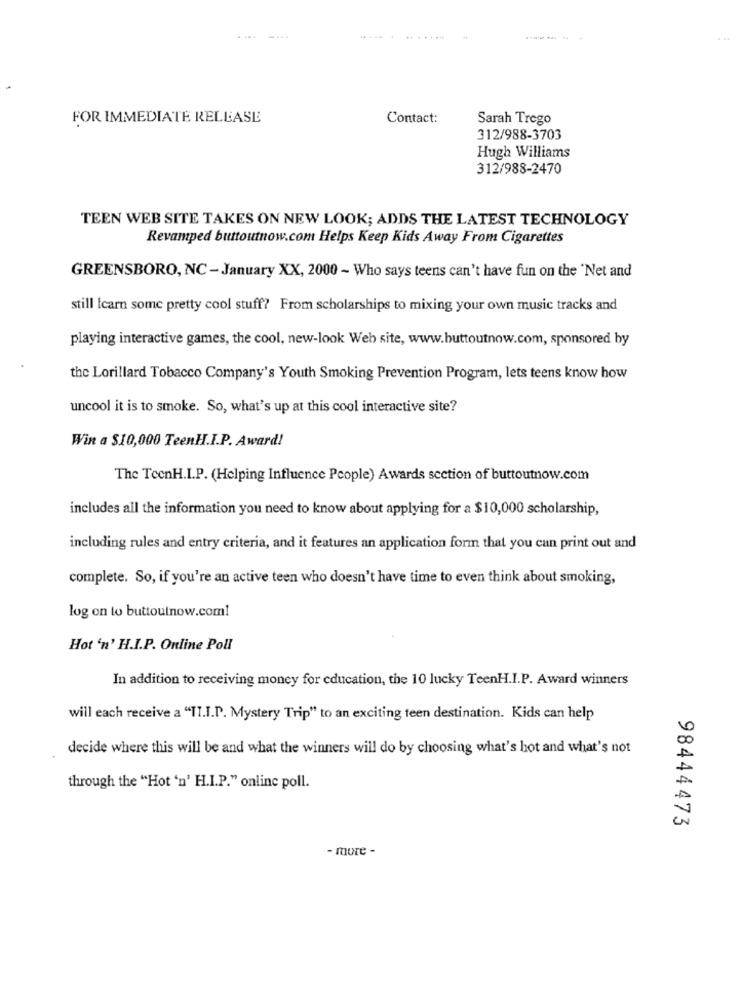
....
FOR IMMEDIATE RELEASE
Contact:
Sarah Trego
312/988-3703
Hugh Williams
312/988-2470
TEEN WEB SITE TAKES ON NEW LOOK; ADDS THE LATEST TECHNOLOGY
Revamped buttoutnow.com Helps Keep Kids Away From Cigarettes
GREENSBORO, NC - January XX, 2000 - Who says teens can't have fun on the 'Net and
still Icarn some pretty cool stuff? From scholarships to mixing your own music tracks and
playing interactive games, the cool, new-look Web site, www.buttoutnow.com, sponsored by
the Lorillard Tobacco Company's Youth Smoking Prevention Program, lets teens know how
uncool it is to smoke. So, what's up at this cool interactive site?
Win a $10,000 TeenH.I.P. Award!
The TeenH.I.P. (Helping Influence People) Awards section of buttoutnow.com
includes all the information you need to know about applying for a $10,000 scholarship,
including rules and entry criteria, and it features an application form that you can print out and
complete. So, if you're an active teen who doesn't have time to even think about smoking,
log on to buttoulnow.com!
Hot 'n' H.I.P. Online Poll
In addition to receiving money for education, the 10 lucky TeenH.I.P. Award winners
will each receive a "TI.I.D. Mystery Trip" to an exciting feen destination. Kids can help
decide where this will be and what the winners will do by choosing what's hot and what's not
through the "Hot 'n' H.I.P." online poll.
98444473
- more -